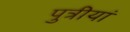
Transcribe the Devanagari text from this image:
पुत्रीयां